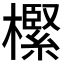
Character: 𣝌